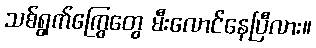
သစ်ရွက်ကြွေတွေ မီးလောင်နေပြီလား။